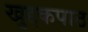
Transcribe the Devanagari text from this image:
खुद्दकपाठ